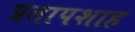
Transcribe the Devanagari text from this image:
प्रतापशाह